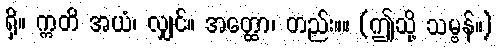
ရှိ။ ဣတိ အယံ၊ လျှင်။ အတ္ထော၊ တည်း။။ (ဤသို့ သမ္ဗန်။)